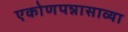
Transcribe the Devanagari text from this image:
एकोणपन्नासाव्या